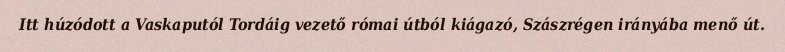
Itt húzódott a Vaskaputól Tordáig vezető római útból kiágazó, Szászrégen irányába menő út.